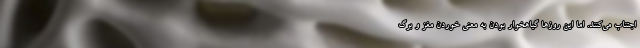
اجتناب می‌کنند. اما این روز‌ها گیاهخوار بودن به معنی خوردن مغز و برگ